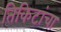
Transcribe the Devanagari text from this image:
तिकिटांचा